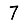
Digit: 7